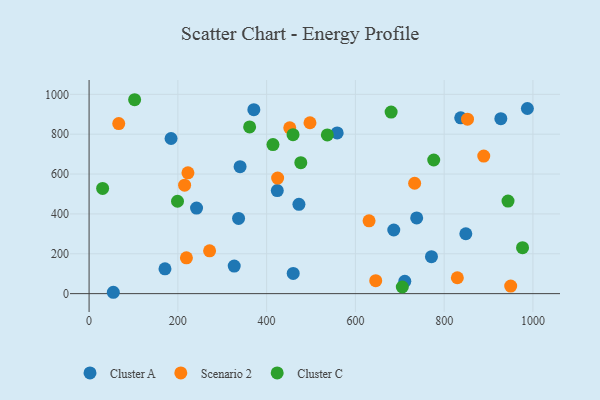
{"axis": {"x": "Ad Spend", "y": "Fuel Efficiency"}, "legend": ["Cluster A", "Cluster C", "Scenario 2"], "data": [{"x": "424.0", "y": 517.2, "type": "Cluster A"}, {"x": "987.5", "y": 928.9, "type": "Cluster A"}, {"x": "54.6", "y": 6.8, "type": "Cluster A"}, {"x": "242.1", "y": 429.2, "type": "Cluster A"}, {"x": "771.4", "y": 185.3, "type": "Cluster A"}, {"x": "837.3", "y": 882.0, "type": "Cluster A"}, {"x": "371.2", "y": 923.1, "type": "Cluster A"}, {"x": "336.8", "y": 377.2, "type": "Cluster A"}, {"x": "472.8", "y": 448.3, "type": "Cluster A"}, {"x": "927.7", "y": 877.6, "type": "Cluster A"}, {"x": "559.0", "y": 806.5, "type": "Cluster A"}, {"x": "738.1", "y": 380.0, "type": "Cluster A"}, {"x": "711.3", "y": 61.7, "type": "Cluster A"}, {"x": "327.0", "y": 138.4, "type": "Cluster A"}, {"x": "340.2", "y": 637.2, "type": "Cluster A"}, {"x": "459.9", "y": 101.3, "type": "Cluster A"}, {"x": "171.0", "y": 124.5, "type": "Cluster A"}, {"x": "848.8", "y": 300.4, "type": "Cluster A"}, {"x": "184.7", "y": 778.4, "type": "Cluster A"}, {"x": "686.5", "y": 319.3, "type": "Cluster A"}, {"x": "733.5", "y": 553.7, "type": "Scenario 2"}, {"x": "452.1", "y": 832.1, "type": "Scenario 2"}, {"x": "215.2", "y": 544.3, "type": "Scenario 2"}, {"x": "889.2", "y": 690.2, "type": "Scenario 2"}, {"x": "630.8", "y": 365.5, "type": "Scenario 2"}, {"x": "645.8", "y": 64.9, "type": "Scenario 2"}, {"x": "829.7", "y": 79.7, "type": "Scenario 2"}, {"x": "219.3", "y": 179.5, "type": "Scenario 2"}, {"x": "222.7", "y": 606.0, "type": "Scenario 2"}, {"x": "949.9", "y": 37.7, "type": "Scenario 2"}, {"x": "424.8", "y": 579.9, "type": "Scenario 2"}, {"x": "271.5", "y": 215.0, "type": "Scenario 2"}, {"x": "852.6", "y": 875.3, "type": "Scenario 2"}, {"x": "66.8", "y": 853.3, "type": "Scenario 2"}, {"x": "497.7", "y": 857.4, "type": "Scenario 2"}, {"x": "102.6", "y": 972.9, "type": "Cluster C"}, {"x": "705.7", "y": 33.2, "type": "Cluster C"}, {"x": "943.9", "y": 464.6, "type": "Cluster C"}, {"x": "776.5", "y": 670.4, "type": "Cluster C"}, {"x": "459.5", "y": 797.6, "type": "Cluster C"}, {"x": "30.5", "y": 527.8, "type": "Cluster C"}, {"x": "536.8", "y": 796.5, "type": "Cluster C"}, {"x": "680.5", "y": 911.1, "type": "Cluster C"}, {"x": "477.0", "y": 656.9, "type": "Cluster C"}, {"x": "976.6", "y": 230.7, "type": "Cluster C"}, {"x": "414.3", "y": 747.7, "type": "Cluster C"}, {"x": "199.2", "y": 463.4, "type": "Cluster C"}, {"x": "361.7", "y": 836.5, "type": "Cluster C"}]}